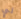
لي